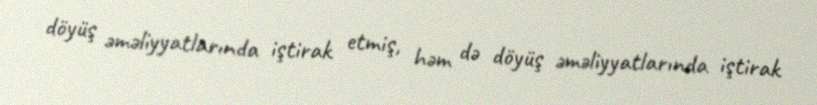
döyüş əməliyyatlarında iştirak etmiş, həm də döyüş əməliyyatlarında iştirak